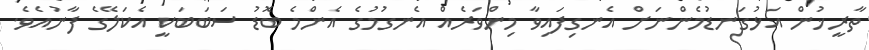
ތާރީޚުން އަޅުގަނޑުމެންނަށް އެނގިފައިވާ މިންވަރެއް އެނގުމުގެ އެންމެ ބޮޑު ސަބަބަކީ އެކަލޭގެ ފާނުއެވެ.